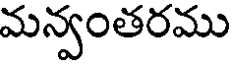
మన్వంతరము